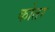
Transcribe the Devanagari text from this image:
कोतर